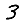
Digit: 3